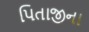
પિતાજીના